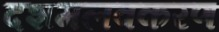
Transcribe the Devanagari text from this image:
दशमलवकरण